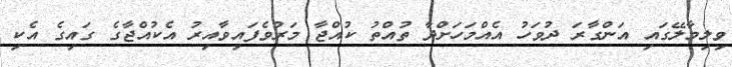
ވިލިމާލޭގައި އަންގާރަ ދުވަހު އެއްމަހަށްދާ ތުއްތު ކުއްޖާ މަރުވެފައިވާއިރު އެކުއްޖާގެ ގައިގެ އެކި